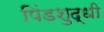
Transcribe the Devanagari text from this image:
पिंडशुद्धी